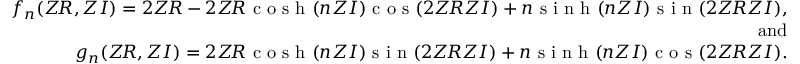
\begin{array} { r l r } & { } & { f _ { n } ( Z \! R , Z I ) = 2 Z \! R - 2 Z \! R \textnormal { c o s h } ( n Z I ) \textnormal { c o s } ( 2 Z \! R Z I ) + n \textnormal { s i n h } ( n Z I ) \textnormal { s i n } ( 2 Z \! R Z I ) , } \\ & { } & { \mathrm { a n d } } \\ & { } & { g _ { n } ( Z \! R , Z I ) = 2 Z \! R \textnormal { c o s h } ( n Z I ) \textnormal { s i n } ( 2 Z \! R Z I ) + n \textnormal { s i n h } ( n Z I ) \textnormal { c o s } ( 2 Z \! R Z I ) . } \end{array}